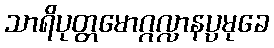
သာရိပုတ္တမောဂ္ဂလ္လာနပ္ပမုခေ